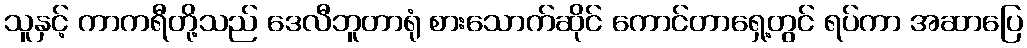
သူနှင့် ကာကရီတို့သည် ဒေလီဘူတာရုံ စားသောက်ဆိုင် ကောင်တာရှေ့တွင် ရပ်ကာ အဆာပြေ